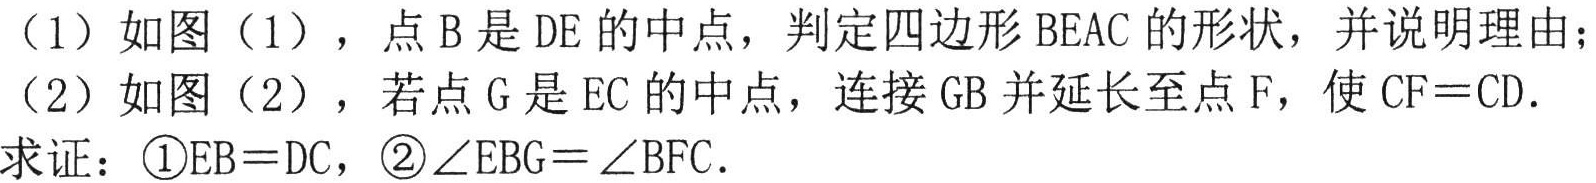
（1）如图（1），点B是DE的中点，判定四边形BEAC的形状，并说明理由；
（2）如图（2），若点G是EC的中点，连接GB并延长至点F，使CF = CD.
求证：\textcircled{1}EB = DC，\textcircled{2}\(\angle EBG=\angle BFC\).